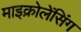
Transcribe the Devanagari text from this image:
माइक्रोलेंसिंग